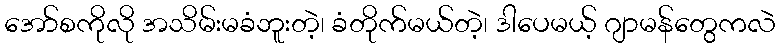
အော်စကိုလို အသိမ်းမခံဘူးတဲ့၊ ခံတိုက်မယ်တဲ့၊ ဒါပေမယ့် ဂျာမန်တွေကလဲ